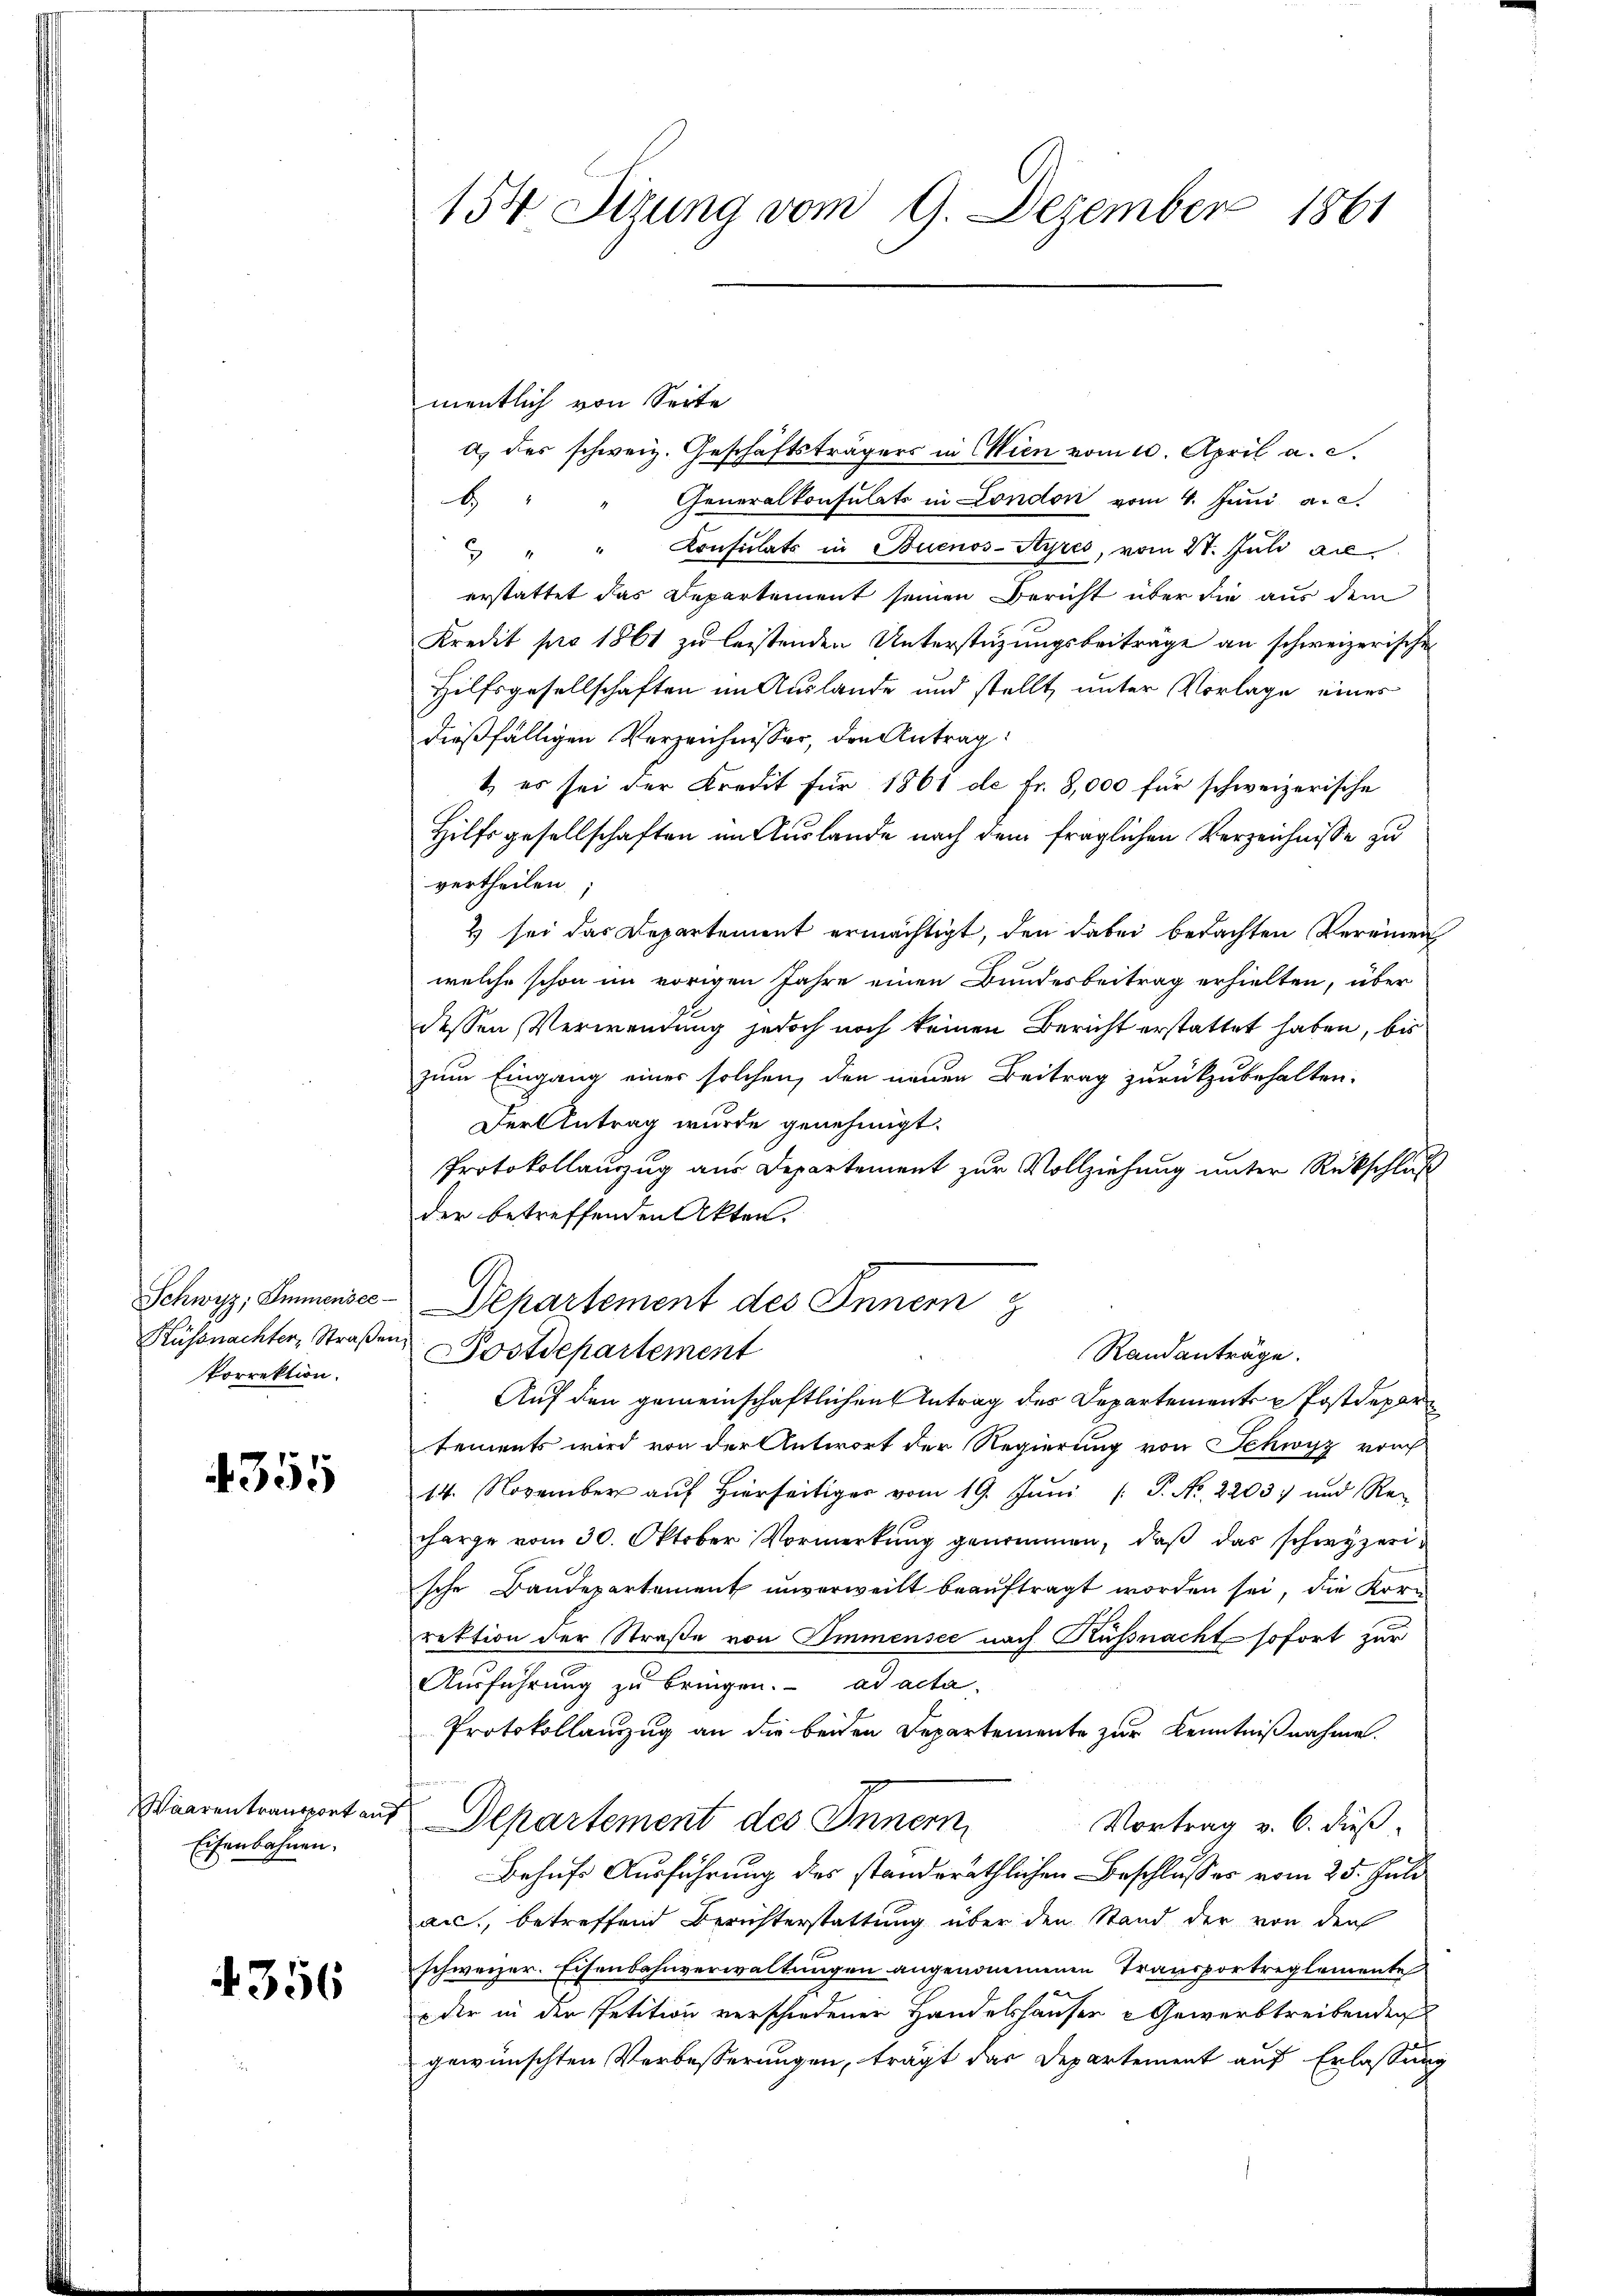
Porrektion.

4355

Waarentransport an
Eisenbahnen.

4356

154 Sizung vom 9. Dezember 1861

mentlich von Seite
a.) des schweiz. Geschäftsträgers in Wien vom 10. April a. c.
Generalkonsulats in London vom 4. Juni a.c.
b
" " " Konsulats in Buenos-Ayres, vom 21. Juli all
erstattet das Departement seinen Bericht über die aus dem
Kredit pro 1861 zu leistenden Unterstüzungsbeitrage an schweizerischen
Hilfsgesellschaften im Auslande und stellt, unter Vorlage eines
dießfälligen Verzeichnisser, den Antrag:
1) es sei der Kredit für 1861 de Fr. 8,000 für schweizerische
Hilfsgesellschaften im Auslande nach dem fraglichen Verzeichnisse zu
vertheilen.
& sei das Departement ermächtigt, den dabei bedachten Vereinen
welche schon im vorigen Jahre einen Bundesbeitrag erhielten, über
dessen Verwendung jedoch noch keinen Bericht erstattet haben, bis
zum Eingang einer solchen, den neuen Beitrag zurückzubehalten.
Der Antrag wurde genehmigt.
Protokollauszug aus Departement zur Vollziehung unter Rückschluß
der betreffenden Akten.
Schwyz, Sumensee - Dehartement des Innern
Küssnachter, Straßen Postdepartement
Randanträge.
Auf den gemeinschaftlichen Antrag des Departement u Postdepartements wird von der Antwort der Regierung von Schwyz vor
14. November auf Hierseitig vom 19. Juni [ P. Nr. 2203) und Re-
harge vom 30. Oktober Vormerkung genommen, daß das schwyzerische Baudepartement unverweilt beauftragt worden sei, die Korrektion der Straße von Immensee nach Küssnacht sofort zur
Ausführung zu bringen. ad acta.
Protokollanzzug an die beiden Departemente zur Kenntnißnahme.
 Departement des Innern
Vortrag v. 6. dieß
Behufs Ausführung des standeräthlichen Beschlusses vom 25. Juli
an, betreffend Berichterstattung über den Stand der von den
schweizer. Eisenbahnverwaltungen angenommenen Transportreglemente
 der in den Petition verschiedener Handelshäuser & Gewerbstreibenden
gewünschten Verbesserungen, trägt das Departement auf Erlassung